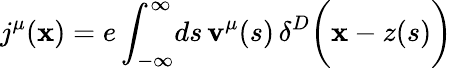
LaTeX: j^{\mu}(\mathbf{x})=e\int_{-\infty}^{\infty}\! ds\, \mathbf{v}^{\mu}(s)\, \delta^{D}\biggl(\mathbf{x}-z(s)\biggr)